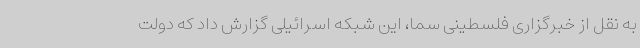
به نقل از خبرگزاری فلسطینی سما، این شبکه اسرائیلی گزارش داد که دولت